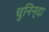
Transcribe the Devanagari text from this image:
चुनिन्‍दा